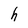
Character: h